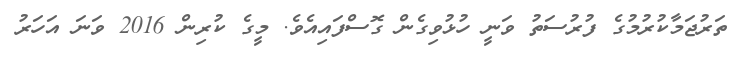
ތަރުޖަމާކުރުމުގެ ފުރުސަތު ވަނީ ހުޅުވިގެން ގޮސްފައިއެވެ. މީގެ ކުރިން 2016 ވަނަ އަހަރު